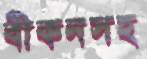
বীকনসহ